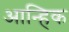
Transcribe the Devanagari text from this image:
आन्हिक